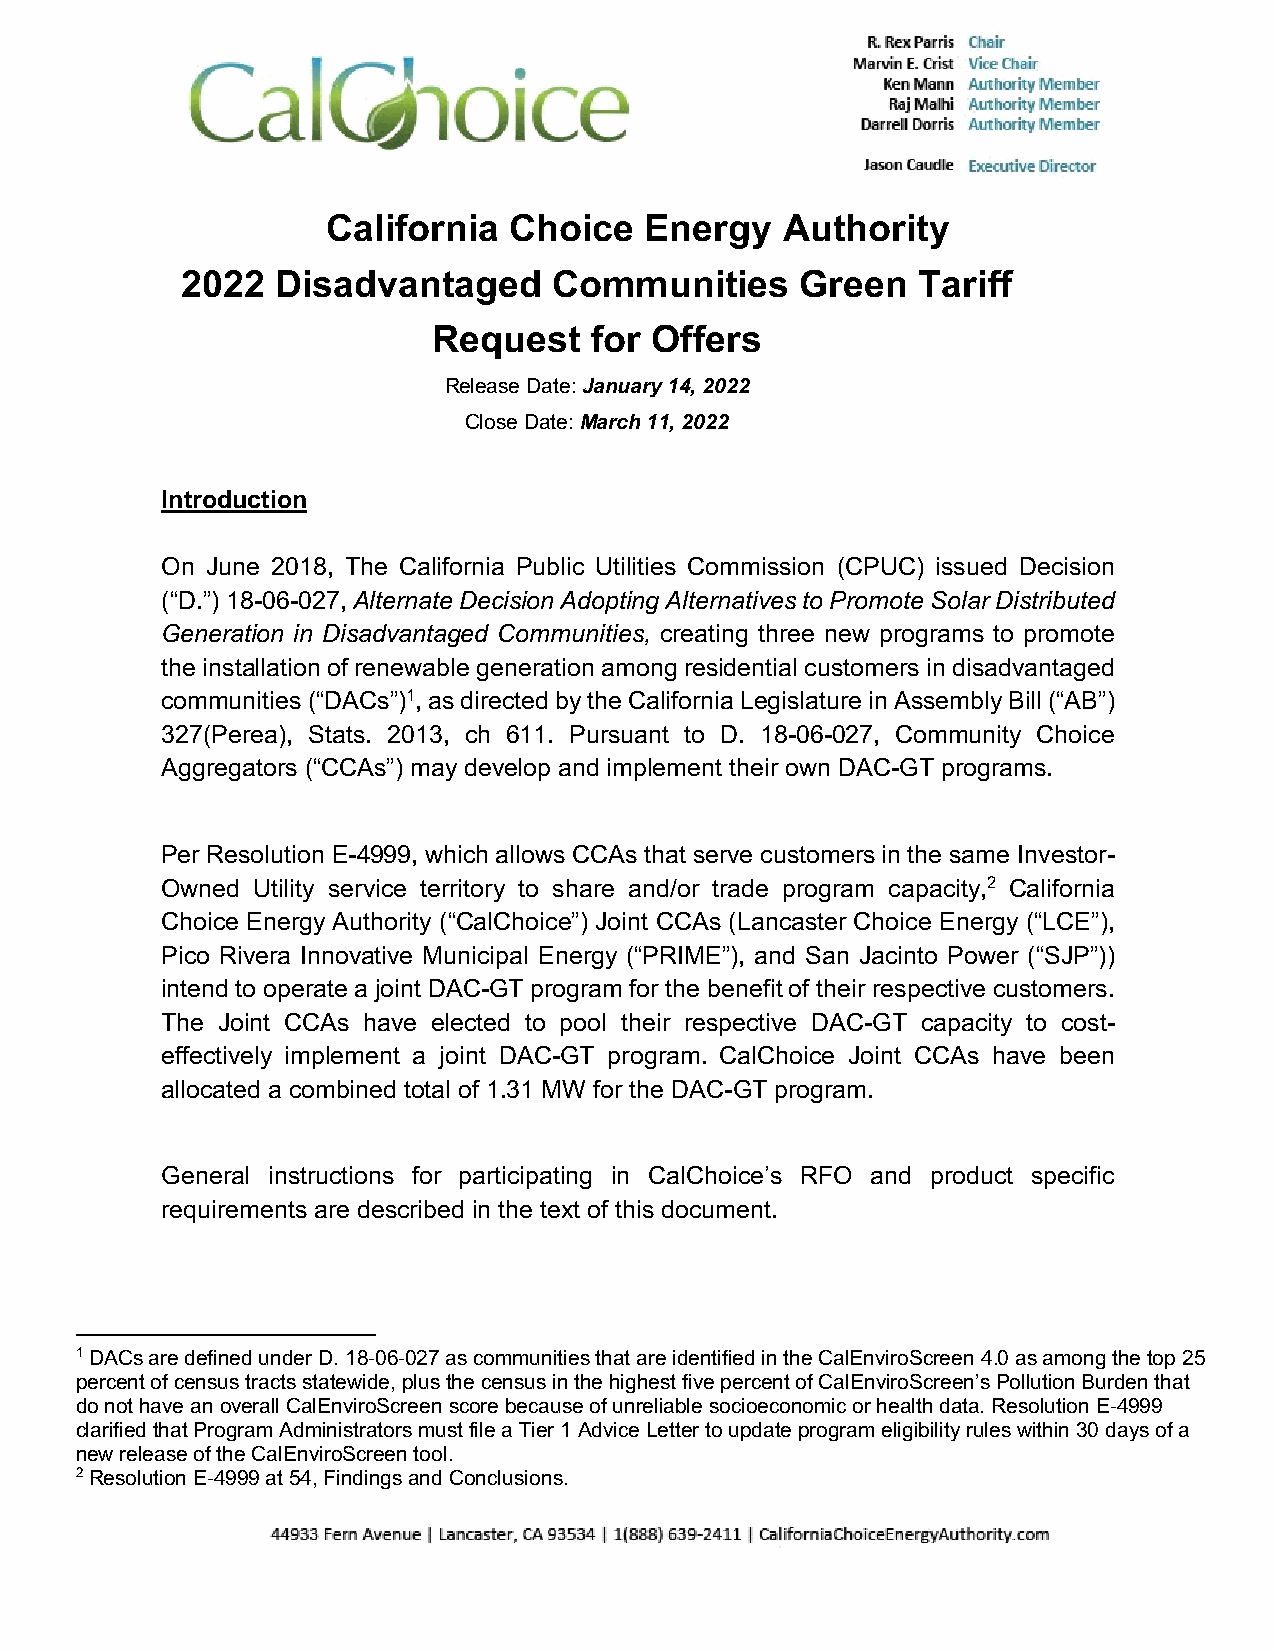
California  Choice   Energy   Authority
 2022  Disadvantaged      Communities     Green   Tariff
 Request   for Offers
 Release Date: January 14, 2022
 Close Date: March 11, 2022
 Introduction
 On June 2018, The California Public Utilities Commission (CPUC) issued Decision
 (“D.”) 18-06-027, Alternate Decision Adopting Alternatives to Promote Solar Distributed
 Generation in Disadvantaged Communities, creating three new programs to promote
 the installation of renewable generation among residential customers in disadvantaged
 communities (“DACs”)1, as directed by the California Legislature in Assembly Bill (“AB”)
 327(Perea), Stats. 2013, ch 611. Pursuant to D. 18-06-027, Community Choice
 Aggregators (“CCAs”) may develop and implement their own DAC-GT programs.
 Per Resolution E-4999, which allows CCAs that serve customers in the same Investor-
 Owned Utility service territory to share and/or trade program capacity,2 California
 Choice Energy Authority (“CalChoice”) Joint CCAs (Lancaster Choice Energy (“LCE”),
 Pico Rivera Innovative Municipal Energy (“PRIME”), and San Jacinto Power (“SJP”))
 intend to operate a joint DAC-GT program for the benefit of their respective customers.
 The Joint CCAs have elected to pool their respective DAC-GT capacity to cost-
 effectively implement a joint DAC-GT program. CalChoice Joint CCAs have been
 allocated a combined total of 1.31 MW for the DAC-GT program.
 General instructions for participating in CalChoice’s RFO and product specific
 requirements are described in the text of this document.
 1 DACs are defined under D. 18-06-027 as communities that are identified in the CalEnviroScreen 4.0 as among the top 25
 percent of census tracts statewide, plus the census in the highest five percent of CalEnviroScreen’s Pollution Burden that
 do not have an overall CalEnviroScreen score because of unreliable socioeconomic or health data. Resolution E-4999
 clarified that Program Administrators must file a Tier 1 Advice Letter to update program eligibility rules within 30 days of a
 new release of the CalEnviroScreen tool.
 2 Resolution E-4999 at 54, Findings and Conclusions.